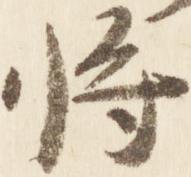
将